Madras plague regulations and rules - Volume 1
Disease focus: Plague
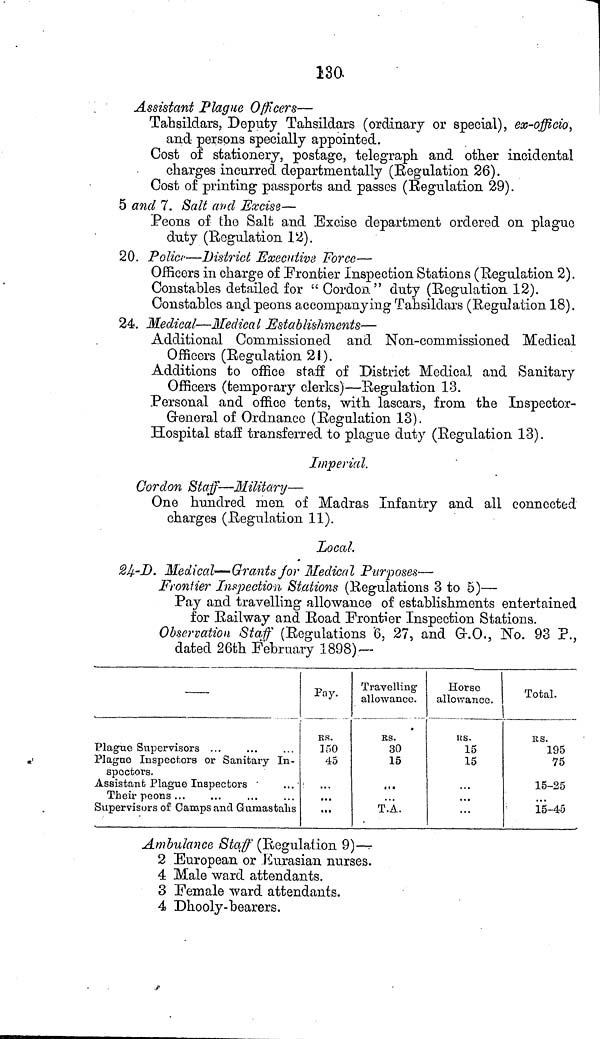
130.
Assistant Plague Officers—
Tahsildars, Deputy Tahsildars (ordinary or special), ex-officio,
and persons specially appointed.
Cost of stationery, postage, telegraph and other incidental
charges incurred departmentally (Regulation 26).
Cost of printing passports and passes (Regulation 29).
5 and 7. Salt and Excise—
Peons of the Salt and Excise department ordered on plague
duty (Regulation 12).
20. Polici—District Executive Force—
Officers in charge of Frontier Inspection Stations (Regulation 2).
Constables detailed for " Cordon." duty (Regulation 12).
Constables and peons accompanying Tahsildars (Regulation 18).
24. Medical—Medical Establishments—
Additional Commissioned and Non-commissioned Medical
Officers (Regulation 21).
Additions to office staff of District Medical and Sanitary
Officers (temporary clerks)—Regulation 13.
Personal and office tents, with lascars, from the Inspector-
Greneral of Ordnance (Regulation 13).
Hospital staff transferred to plague duty (Regulation 13).
Imperial.
Cordon Staff—Military—
One hundred men of Madras Infantry and all connected
charges (Regulation 11).
Local.
24-D. Medical—Grants for Medical Purposes—
Frontier Inspection Stations (Regulations 3 to 5)—
Pay and travelling allowance of establishments entertained
for Railway and Road Frontier Inspection Stations.
Observation Staff (Regulations '6, 27, and G.O., No. 93 P.,
dated 26th February 1898) —
Plague Supervisors ...
Plagno Inspectors or Sanitary In-
spectors.
Assistant Plague Inspectors
...
Their peons ...
Supervisors of Camps and Gumastahs
Pay.
RS.
150
45
...
Travelling
allowance.
RS.
30
15
...
T.A.
Horse
allowance.
RS.
15
15
...
Total.
RS.
195
75
15-25
15-45
Ambulance Staff (Regulation 9)—
2 European or Eurasian, nurses.
4 Male ward attendants.
3 Female ward attendants.
4 Dhooly-bearers.